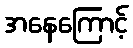
အနေကြောင့်